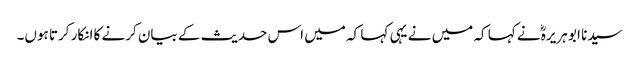
سیدنا ابو ہریرہؓ نے کہا کہ میں نے یہی کہا کہ میں اس حدیث کے بیان کرنے کا انکار کرتا ہوں۔